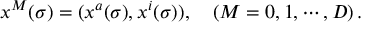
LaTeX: x ^ { M } ( \sigma ) = ( x ^ { a } ( \sigma ) , x ^ { i } ( \sigma ) ) , \quad ( M = 0 , 1 , \cdots , D ) \, .